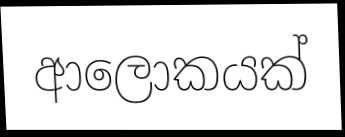
ආලොකයක්